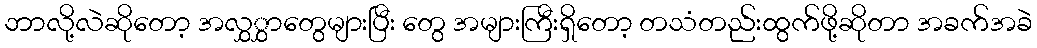
ဘာလို့လဲဆိုတော့ အလွှွှာတွေများပြီး တွေ အများကြီးရှိတော့ တသံတည်းထွက်ဖို့ဆိုတာ အခက်အခဲ